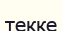
текке